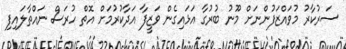
ސަރުކާރު މުވައްޒަފުންނަށް މޫނު ބުރުގާ އަޅައިގެން ވަޒީފާ އަދާކުރުމަށް އޮތް ހުރަސް ނައްތާލައިފި